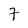
Character: 7